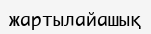
жартылайашық